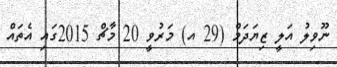
ނޫވިލު އަލީ ޒިޔަދަމް (29 އ) މަރުވީ 20 މާޗް 2015ގައި އެތައް